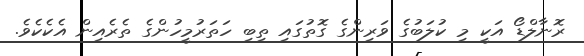
ރޮނާލްޑޯ އަކީ މި ކުލަބުގެ ވަރިންގެ ގޮތުގައި ތިބި ހަތަރުމީހުންގެ ތެރެއިން އެކެކެވެ.